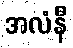
အလံနီ